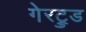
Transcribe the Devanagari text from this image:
गेरट्रुड